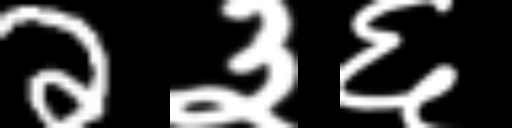
Text: 2३६